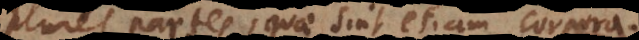
plures partes, quae sint etiam corpora.